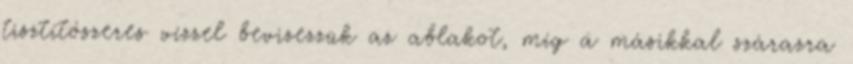
tisztítószeres vízzel bevizezzük az ablakot, míg a másikkal szárazra